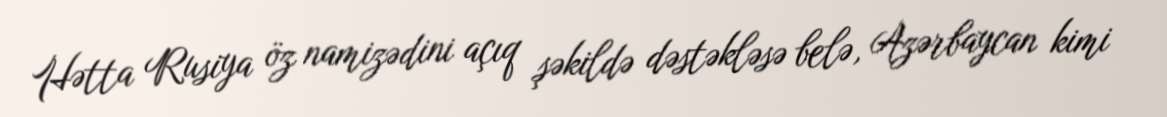
Hətta Rusiya öz namizədini açıq şəkildə dəstəkləsə belə, Azərbaycan kimi